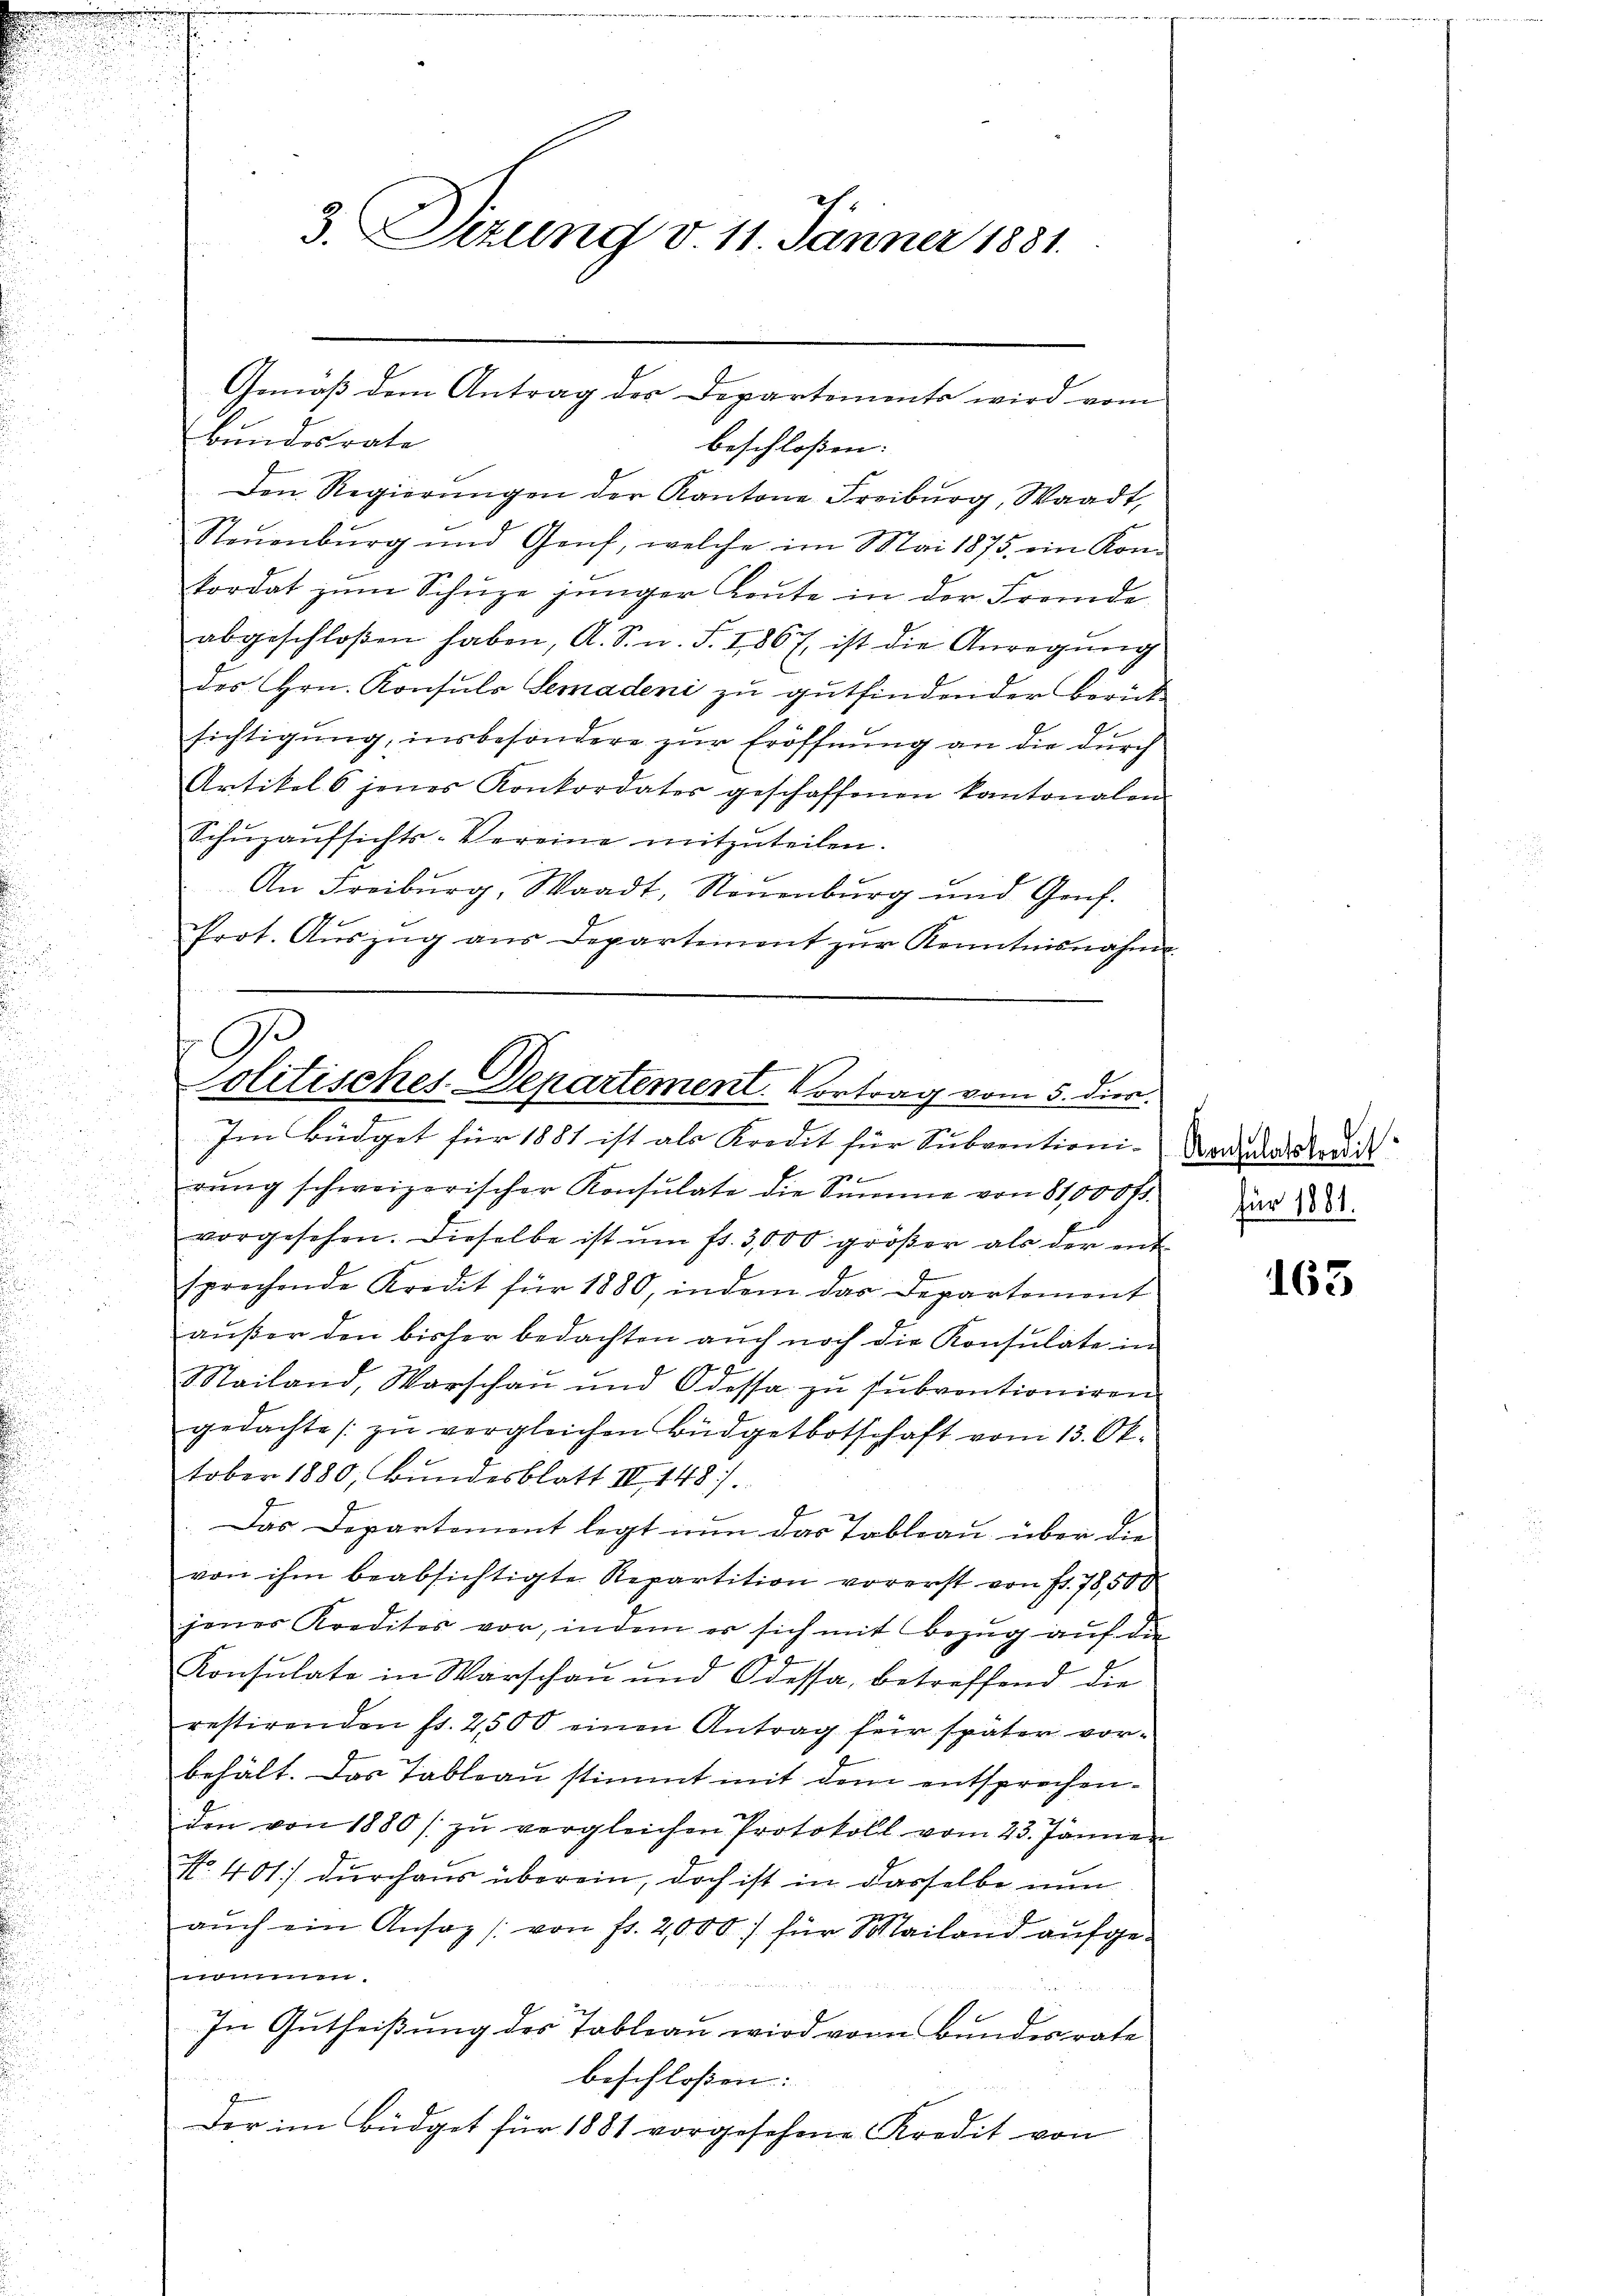
3. Sizung v. 11. Jänner 1881.

Bundesrate
beschloßen:
Den Regierŭngen der Kantone Freiburg, Waadt,
Neuenburg und Genf, welche im Mai 1875, ein Komkordat zŭm Schüze jünger Leute in der Fremde
abgeschloßen haben, A. S. n. F. 1867 ist die Anregŭng
des Hrn. Konsuls Semadeni zu gutfindender Beruf
sichtigung, insbesondere zŭr Eröffnung an die durch
Artikels jenes Konkordates geschaffenen kantonalen
Schŭzaŭfsichts-Vereine mitzŭteilen.
An Freiburg, Waadt, Neuenburg und Genf.
Prot. Aŭszŭg aŭs Departement zŭr Kenntnisnahme

Gemäß dem Antrag des Departements wird vom

olitisches-Departement. Vortrag vom 5. Dier.

Im Büdget für 1881 ist als Kredit für Subventioni-
bewe
rŭng schweizerischer Konsulate die Summe von 81,000 fr.
vorgesehen. Dieselbe ist um fr. 3,000 großer als der ent-
.
sprechende Kredit für 1880, indem das Departement
außer den bisher bedachten auch noch die Konsulate in
ailand, Warschau und Odessa zu subventioniren
gedachte zu vergleichen Büdgetbotschaft vom 13. Oktober 1880, Bundesblatt III 148)
Das Departement legt nun das Tableau über die
von ihm beabsichtigte Repartition vorerst von fr. 78,500
jenes Kreditos vor, indem er sich mit Bezug auf die
Konsulate in Warschen und Odessa, betreffend die
restirenden fr. 2500 einen Antrag für später vor-
behält. Das Tableau stimmt mit dem entsprochenden von 1880 /. zŭ vergleichen Protokoll vom 23. Jänner
No. 401) durchaus überein, doch ist in dasselbe nun
aŭch ein Ansaz /: von fr. 2,000 für Mailand aŭfge-
nommen.
In Gutheißung des Tableau wird vom Bundesrate
beschloßen:
Der im Büdget für 1881 vorgesehene Kredit von

Konsulatskredit
für 1881.

163